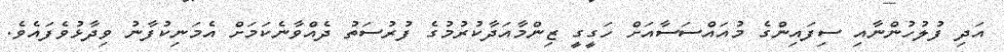
އަދި ފުލުހުންނާއި ސިފައިންގެ މުއައްސަސާއަށް ހަގީގީ ޒިންމާއަދާކުރުމުގެ ފުރުސަތު ދެއްވާނެކަމަށް އެމަނިކުފާނު ވިދާޅުވެފައެވެ.